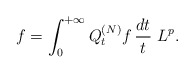
\begin{align*} f = \int_0^{+\infty} Q_t^{(N)}f \, \frac{dt}{t} \ L^p.\end{align*}